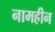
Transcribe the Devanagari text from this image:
नामहीन